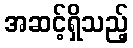
အဆင့်ရှိသည့်